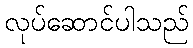
လုပ်ဆောင်ပါသည်